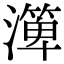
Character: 㵺